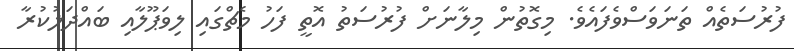
ފުރުސަތެއް ތަނަވަސްވެފައެވެ. މިގޮތުން މިލާނަށް ފުރުސަތު އޮތީ ފަހު މެޗްގައި ލިވަޕޫލާއި ބައްދަލުކުރާ